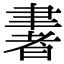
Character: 𦘠